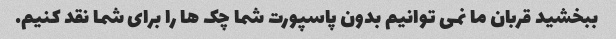
ببخشید قربان ما نمی توانیم بدون پاسپورت شما چک ها را برای شما نقد کنیم.